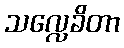
သလ္လေခိတာ